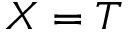
X = T